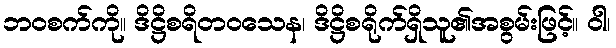
ဘဝစက်ကို။ ဒိဋ္ဌိစရိတဝသေန၊ ဒိဋ္ဌိစရိုက်ရှိသူ၏အစွမ်းဖြင့်။ ဝါ၊